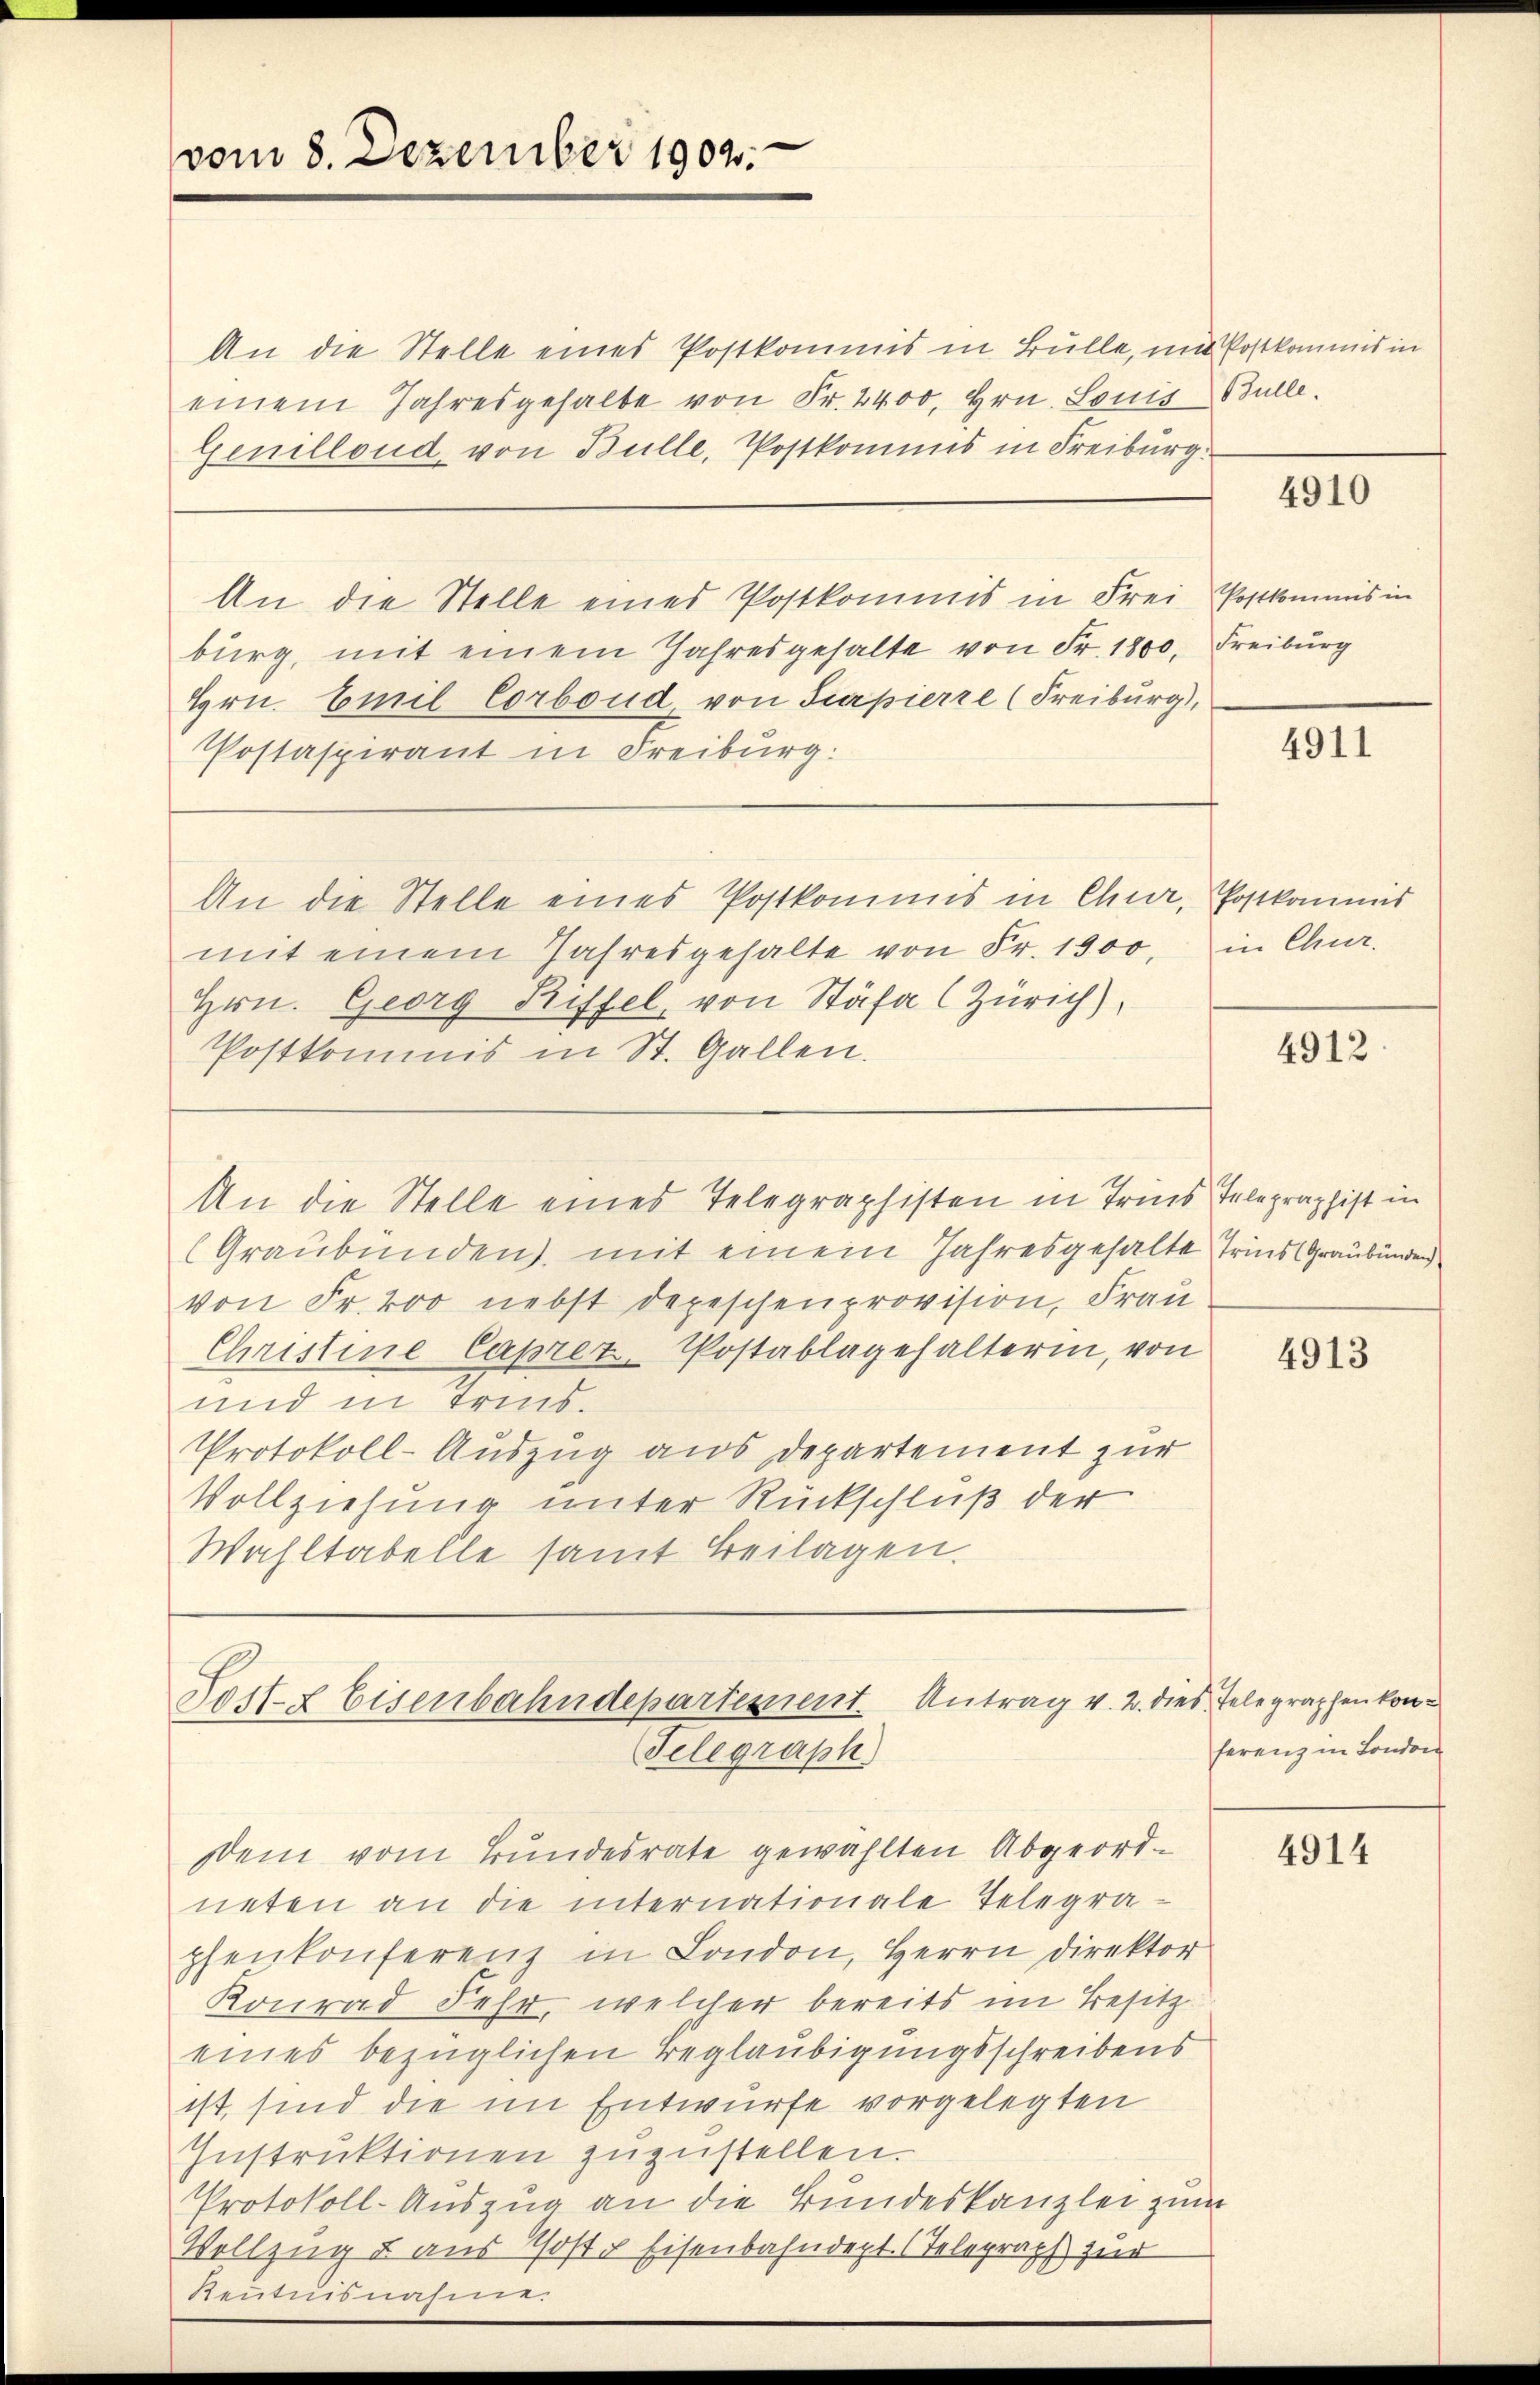
vom 8. Dezember 1902.

An die Stelle eines Postkommis in Bülle, und Postkommis in
einem Jahresgehalte von Fr. 2400. Hrn. Louis Bulle.
Genillond, von Bulle, Postkommis in Freiburg.

An die Stelle eines Postkommis in Frei Postkommis in
burg, mit einem Jahresgehalte von Fr. 1800. Freiburg
Hrn. Emil Corboud, von Supierre (Freiburg),
Postaspirant in Freiburg:
An die Stelle eines Postkommis in Chur, Postkommis
mit einem Jahresgehalte von Fr. 1900. in Chur-
Hrn. Georg Riffel, von Stäfa (Zürich),
Postkommis in St. Gallen.
An die Stelle eines Telegraphisten in Tris Telegraphist in
(Graubünden, mit einem Jahresgehalte Tries (Graubünden
von Fr. 200 nebst depeschenprovision, Frau
Christine Capret. Postablagehalterin, von
und in Trius.
Protokoll-Auszug aus Departement zur
Vollziehung unter Rückschluß der
Wahltabelle samt Beilagen.

Lest- & Eisenbahndepartement. Antrag v. 2. dies Telegraphen kon¬
Telegraph

Dein vom Bundesrate gewählten Abgeordneten an die internationale Telegrapfenkonferenz in London, Herrn Direktor
Konrad Fehr, welcher bereits im Besitz
eines bezüglichen Beglaubigungsschreibens
ist, sind die im Entwurfe vorgelegten
Instruktionen zuzustellen.
Protokoll-Auszug an die Bundeskanzlei zum
Vollzug & aus Post. Eisenbahndept. (Telegraph zur
Stentiunter u.

4910

4911

4912

4913

ferenz in London

4914